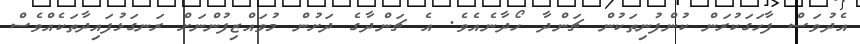
އެދުވަސް ފާހަގަކުރަން ކުންފުނިތަކުން ޗަންދާ ހޯދާނެއެވެ. އެ ޗަންދާގެ ދަށުން މުވައްޒިފުންނަށް ރަނގަޅުފައިދާތަކެއްވެސް